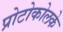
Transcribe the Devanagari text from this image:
प्रोटोकोलके